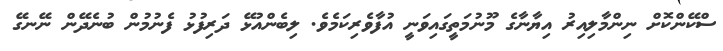
ސްކޭންކޮށް ނިންމާލިއިރު އިޔާނާގެ މޫނުމަތީގައިވަނީ އުފާވެރިކަމެވެ. ލިބެންއުޅޭ ދަރިފުޅު ފެނުމުން ބުނެދޭން ނޭނގޭ